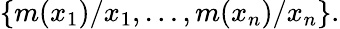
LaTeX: \{ m(x_{1})/x_{1},\dots,m(x_{n})/x_{n}\} .